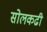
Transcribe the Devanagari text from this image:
सोलकढी